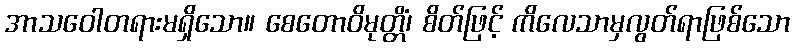
အာသဝေါတရားမရှိသော။ စေတောဝိမုတ္တိံ၊ စိတ်ဖြင့် ကိလေသာမှလွတ်ရာဖြစ်သော